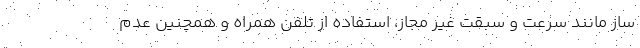
ساز مانند سرعت و سبقت غیر مجاز، استفاده از تلفن همراه و همچنین عدم